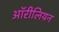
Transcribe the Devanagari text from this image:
ऑरीलियन